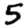
Digit: 5